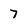
Character: 7